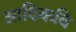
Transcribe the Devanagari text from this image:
अादिकवि